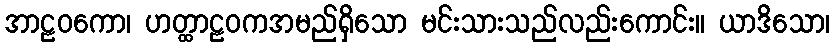
အာဠဝကော၊ ဟတ္ထာဠဝကအမည်ရှိသော မင်းသားသည်လည်းကောင်း။ ယာဒိသော၊